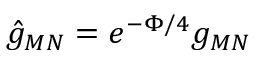
\hat { g } _ { M N } = e ^ { - \Phi / 4 } g _ { M N }